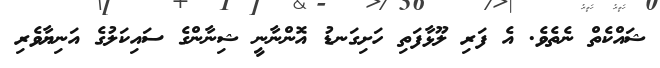
ޝައްކެތް ނެތެވެ. އެ ފަރި ލޫޅާފަތި ހަށިގަނޑު އޮންނާނީ ޝިނާންގެ ސައިކަލުގެ އަނިޔާވެރި